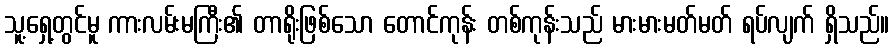
သူ့ရှေ့တွင်မူ ကားလမ်းမကြီး၏ တာရိုးဖြစ်သော တောင်ကုန်း တစ်ကုန်းသည် မားမားမတ်မတ် ရပ်လျက် ရှိသည်။